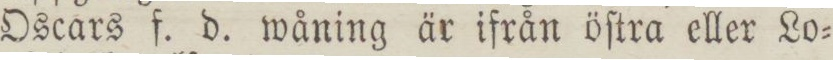
Oscars f. d. wåning är ifrån öſtra eller Lo=